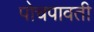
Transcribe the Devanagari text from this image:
पोचपावती